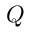
Q